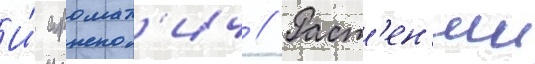
И́ аромат'ич // Раст'ен'ии